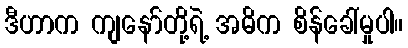
ဒီဟာက ကျနော်တို့ရဲ့ အဓိက စိန်ခေါ်မှုပါ။